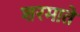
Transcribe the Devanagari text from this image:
शरमाते